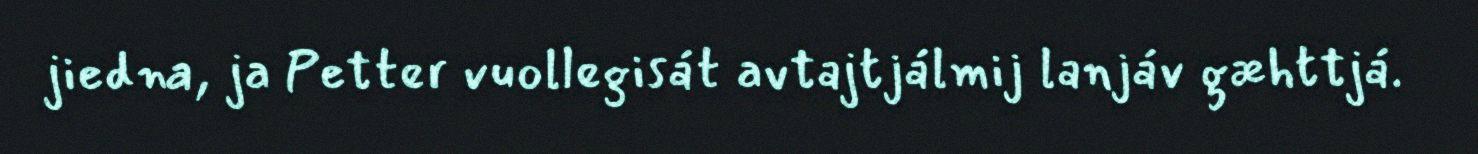
jiedna, ja Petter vuollegisát avtajtjálmij lanjáv gæhttjá.